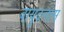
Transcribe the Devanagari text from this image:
वायुदलास